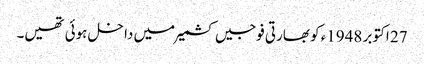
27 اکتوبر 1948ء کو بھارتی فوجیں کشمیر میں داخل ہوئی تھیں۔